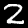
Digit: 2